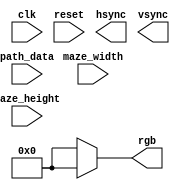
/***********************************************
*  ECE324 Digital Systems Design:  Lab 8
*  John Hofman, Candice Adsero, & Ricky Barella
*  vga_test Module
************************************************/


/* NEXYS 2 VGA tester
   from Pong Chu, "FPGA Protyping by Verilog Examples"
   Listing 13.2
   
   Modified 07 March 2011 by JDL: Changed from 8 colors (3 bits) to 256 colors (8 bits)
*/   

module vga_test
   (
    input wire clk, reset,			// input clock and reset
	 input wire [8:0] path_data,
	 input wire [2:0] maze_width, maze_height,
 //   input wire [7:0] sw,			// switch inputs
    output wire hsync, vsync,		// horizontal and vertical switch outputs
    output wire [7:0] rgb			// Red, green, blue output
   );

   //Convert path data to array format
	wire [2:0] path_array [2:0];
	assign path_array[0] = {path_data[2:0]};
	assign path_array[1] = {path_data[5:3]};
	assign path_array[2] = {path_data[8:6]};
	
	// color declarations
   reg [7:0] rgb_reg, rgb_next;
	// colors are the colors of the rainbow roygbiv
	reg [7:0] c1 = 8'b11000100, c2 = 8'b11110000, c3 = 8'b11111100,
				 c4 = 8'b00011100, c5 = 8'b00001111, c6 = 8'b00000001,
				 c7 = 8'b10000011, c8 = 8'b11000110;
	// arbitrary colors assigned to next colors
	reg [7:0] c1_next = 8'b11000100, c2_next = 8'b11110000, c3_next = 8'b11111100,
				 c4_next = 8'b00011100, c5_next = 8'b00001111, c6_next = 8'b00000001,
				 c7_next = 8'b10000011, c8_next = 8'b11000110;
   wire video_on;
	// x and y position wire variables
	wire [9:0] x_pos, y_pos;
	//parameter wtime = 5_000_000;

		
/*	// assign next color to current color
	always @(posedge clk) begin
		rgb_reg <= rgb_next;
		c1 <= c1_next;
		c2 <= c2_next;
		c3 <= c3_next;
		c4 <= c4_next;
		c5 <= c5_next;
		c6 <= c6_next;
		c7 <= c7_next;
		c8 <= c8_next;
		end
*/
   // rgb buffer
	reg [1:0] i_reg, j_reg;
	wire [1:0] i_next, j_next;
	
	assign i_next = (i_reg >= maze_width-1) ? 0 :
						 i_reg + 1;
	assign j_next = (j_reg >= maze_height-1) ? 0 :
						 j_reg + 1;
	
	initial begin
		i_reg = 0;
		j_reg = 0;
	end
	
	// xpos and ypos are current pixels
	// path_array [y_pos] is path
   always @(negedge clk)begin
		if (i_reg*640/maze_width <= x_pos &&
			 i_reg*640/maze_width + 640/maze_width > x_pos &&
			 j_reg*480/maze_height <= y_pos &&
			 j_reg*480/maze_height + 480/maze_height > y_pos)
			 if (path_array[i_reg][j_reg] == 1)
				rgb_next = 8'b00000000;
			 else
				rgb_next = 8'b11111111;
		i_reg = i_next;
		j_reg = j_next;
	end
	
   // output
   assign rgb = (video_on) ? rgb_reg : 8'b0;

endmodule